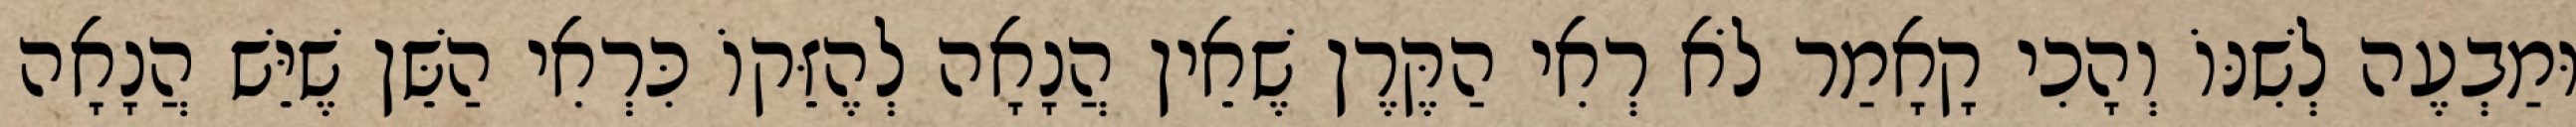
וּמַבְעֶה לְשִׁנּוֹ וְהָכִי קָאָמַר לֹא רְאִי הַקֶּרֶן שֶׁאֵין הֲנָאָה לְהֶזֵּקוֹ כִּרְאִי הַשֵּׁן שֶׁיֵּשׁ הֲנָאָה